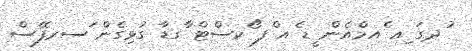
ުދގަ ިއ ެއމްއެން ީޑ ެއ ްފ ޯކސްޓް ާގޑާ ގުޅިގެން ަސރފޭސް